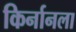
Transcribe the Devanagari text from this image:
किर्नानला